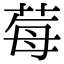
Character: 莓